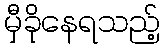
မှီခိုနေရသည့်